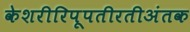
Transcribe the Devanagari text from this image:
केशरीरिपूपतीरतीअंतक